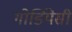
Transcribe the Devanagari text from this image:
गोर्डियेसी